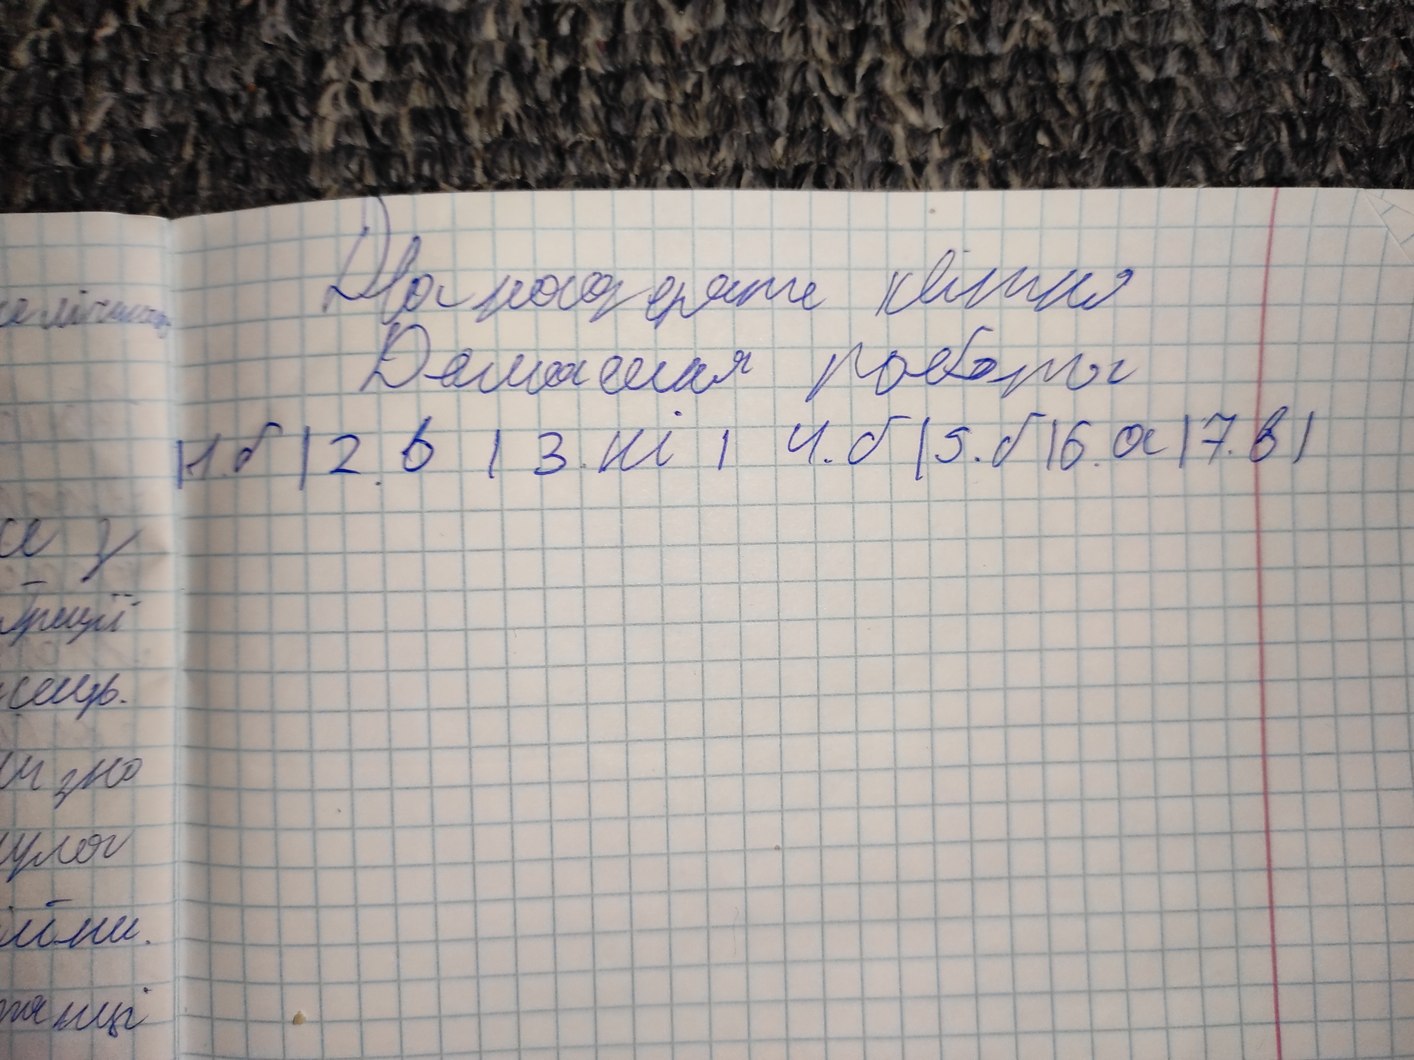
Дванадцяте квітня
Домашня робота
| 1. б | 2. б | 3. ні | 4. б | 5. б | 6. а | 7. в |